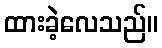
ထားခဲ့လေသည်။